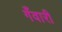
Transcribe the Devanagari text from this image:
गँवारी